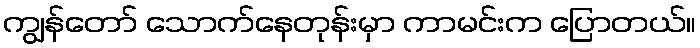
ကျွန်တော် သောက်နေတုန်းမှာ ကာမင်းက ပြောတယ်။